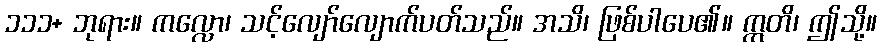
၁၁၁+ ဘုရား။ ကလ္လော၊ သင့်လျော်လျောက်ပတ်သည်။ အသိ၊ ဖြစ်ပါပေ၏။ ဣတိ၊ ဤသို့။